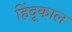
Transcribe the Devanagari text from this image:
हिंदूकाल